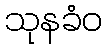
သုနခံဝ